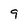
Character: 9